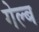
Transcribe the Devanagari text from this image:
गेल्ब